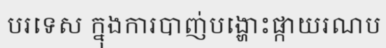
បរទេស ក្នុងការបាញ់បង្ហោះផ្កាយរណប